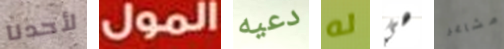
لأحدنا المول دعيه له هي مشاعر